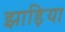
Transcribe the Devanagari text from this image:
झाड़िया